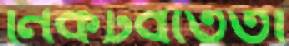
নিকটবর্তিতা